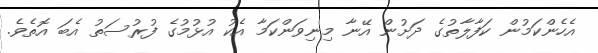
އެހެންކަމުން ކަފާލާތުގެ ދަށުން އޭނާ މިނިވަންކަމާ އެކު އުޅުމުގެ ފުރުސަތު އެބަ އޮތެވެ.